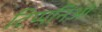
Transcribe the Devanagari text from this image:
टिप्पनिओं